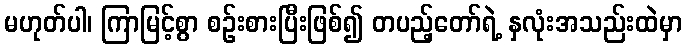
မဟုတ်ပါ၊ ကြာမြင့်စွာ စဉ်းစားပြီးဖြစ်၍ တပည့်တော်ရဲ့ နှလုံးအသည်းထဲမှာ